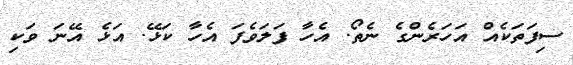
ސިފަތަކެއް އަހަރެންގެ ނެތޯ. އެހާ ފަލަވެފަ އެހާ ކަޅޭ. އަޅެ އޭނަ ވަކި